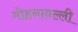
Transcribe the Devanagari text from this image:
मोहनावल्ली